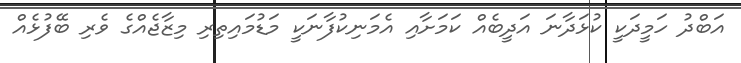
އަބްދު ހަމީދަކީ ކުޅަދާނަ އަދީބެއް ކަމަށާއި އެމަނިކުފާނަކީ މަޑުމައިތިރި މިޒާޖެއްގެ ވެރި ބޭފުޅެއް